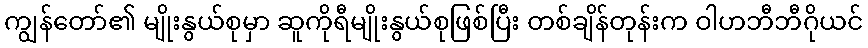
ကျွန်တော်၏ မျိုးနွယ်စုမှာ ဆူကိုရီမျိုးနွယ်စုဖြစ်ပြီး တစ်ချိန်တုန်းက ဝါဟဘီဘီဂိုယင်